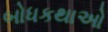
બોધકથાઓ